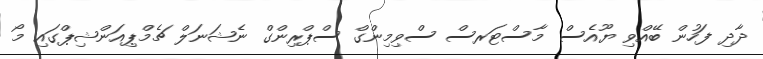
ދާދި ފަހުން ބޭއްވި ޔޫއެސް މާސްޓަރސް ސްވިމިންގް ސްޕްރިންގް ނެޝަނަލް ޗެމްޕިއަންޝިޕްގައި މޯ